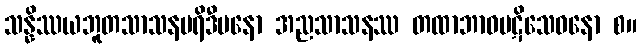
သန္နိဿယဘူတသာသနပရိဒီပနော အညသာသနဿ တထာဘာဝပဋိသေဓနော စ။